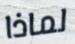
لماذا